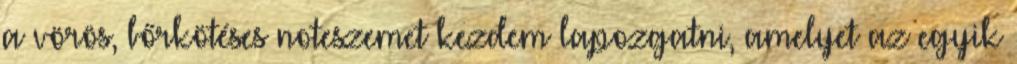
a vörös, bőrkötéses noteszemet kezdem lapozgatni, amelyet az egyik